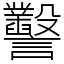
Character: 𧮙